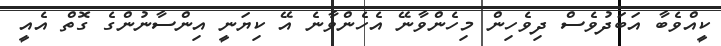
ކީއްވެބާ އަބަދުވެސް ދިވެހިން މިހެންވާނޭ އެހެންވާނެ އޭ ކިޔަނީ އިންސާނުންގެ ގޮތް އެއީ